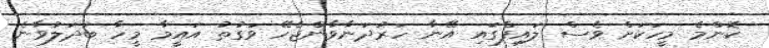
ކޮންމެ މީހަކަށް ވެސް ލައިފްގައި އޭނާ ހަރުދަނާވާންޖެހޭ ވަގުތު އައީމާ މީހާ ބަދަލުވާނެ